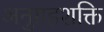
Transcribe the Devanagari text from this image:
अनुग्रहशक्ति